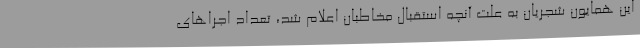
این همایون شجریان به علت آنچه استقبال مخاطبان اعلام شد، تعداد اجراهای